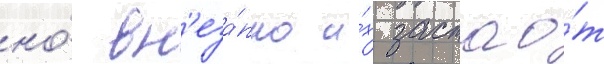
но́ вн'еза́пно и́х застао́т